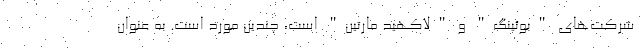
شرکت‌های "بوئینگ" و "لاکهید مارتین" است، چندین مورد است. به عنوان